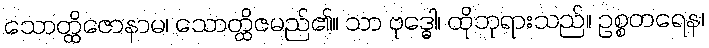
သောတ္ထိဇောနာမ၊ သောတ္ထိဇမည်၏။ သာ ဗုဒ္ဓေါ၊ ထိုဘုရားသည်။ ဥစ္စတရေန၊